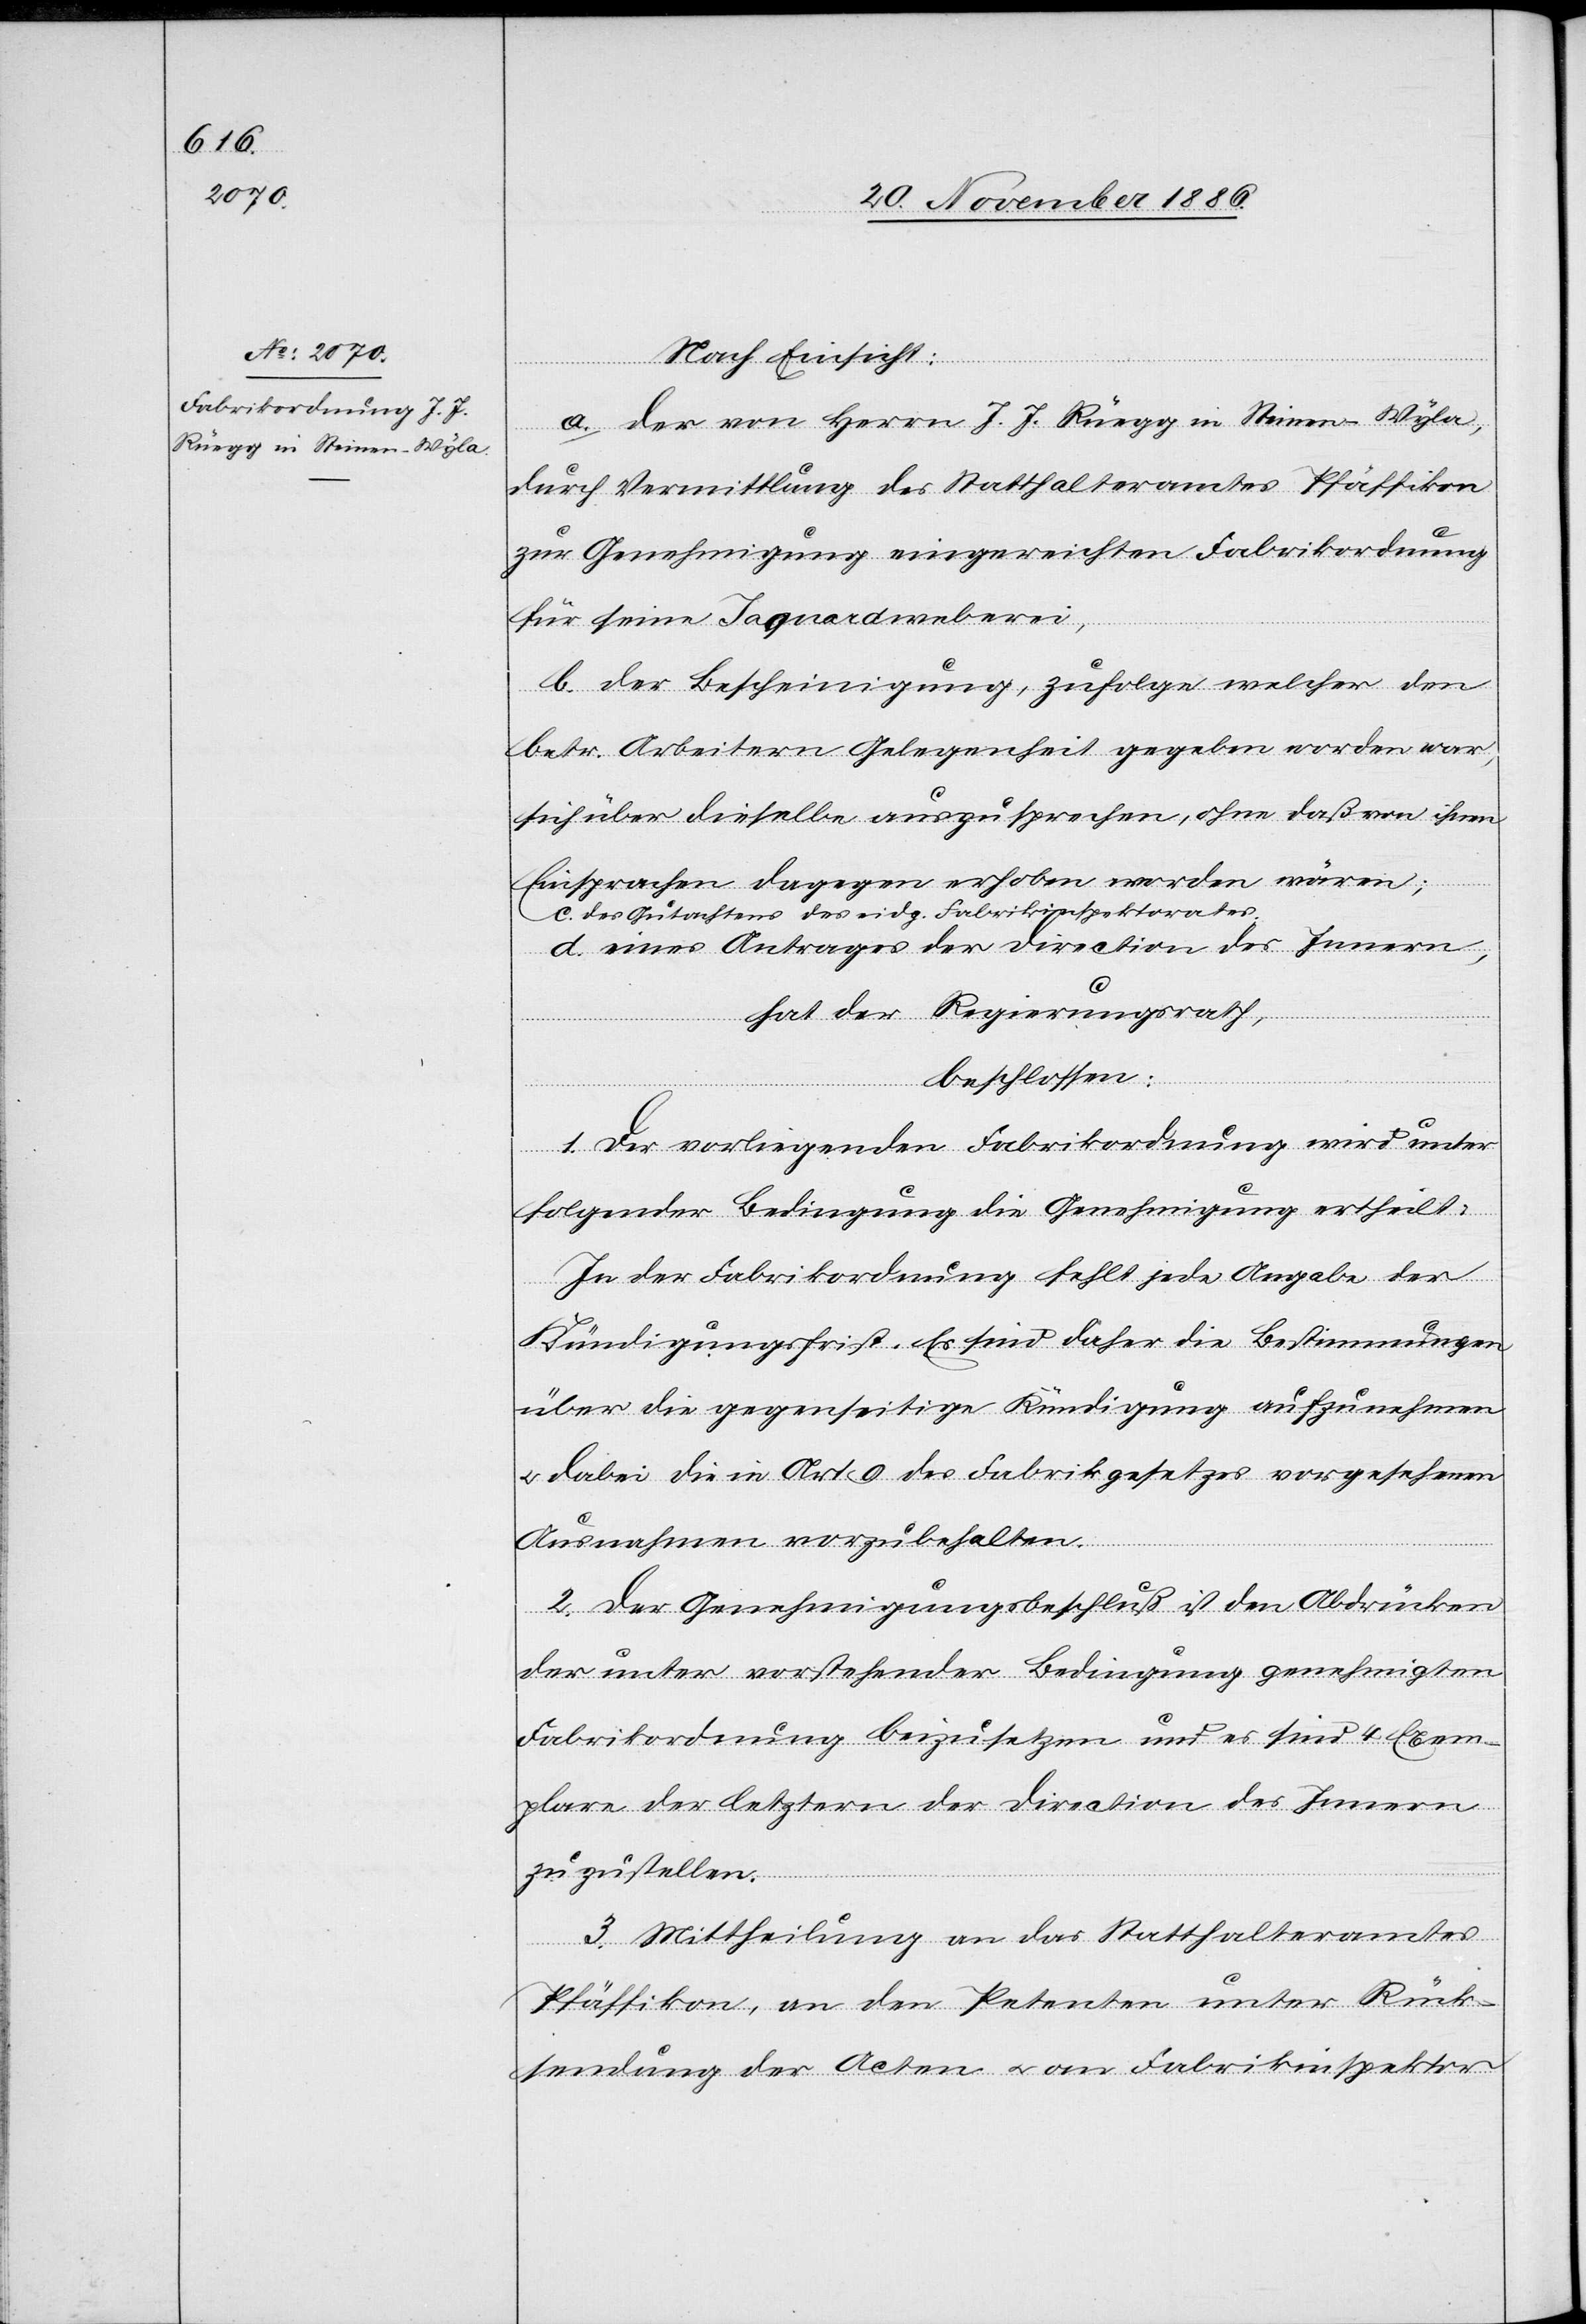
Nach Einsicht:
a. der von Herrn J. J. Rüegg in Steinen - Wyla,
durch Vermittlung des Statthalteramtes Pfäffikon
zur Genehmigung eingereichten Fabrikordnung
für seine Ja[c]quardweberei;
b. der Bescheinigung, zufolge welcher den
betr. Arbeitern Gelegenheit gegeben worden war,
sich über dieselbe auszusprechen, ohne daß von ihnen
Einsprachen dagegen erhoben worden wären;
c. des Gutachtens des eidg. Fabrikinspektorates;
d. eines Antrages der Direction des Innern,
hat der Regierungsrath,
beschlossen:
1. Der vorliegenden Fabrikordnung wird unter
folgender Bedingung die Genehmigung ertheilt:
In der Fabrikordnung fehlt jede Angabe der
Kündigungsfrist. Es sind daher die Bestimmungen
über die gegenseitige Kündigung aufzunehmen
& dabei die in Art. 9 des Fabrikgesetzes vorgesehenen
Ausnahmen vorzubehalten.
2. Der Genehmigungsbeschluß ist den Abdrücken
der unter vorstehender Bedingung genehmigten
Fabrikordnung beizusetzen und es sind 4 Exem¬
plare der letztern der Direction des Innern
zuzustellen.
3. Mittheilung an das Statthalteramtes
Pfäffikon, an den Petenten unter Rück¬
sendung der Acten & an Fabrikinspektor